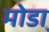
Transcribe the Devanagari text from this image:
मोडा़